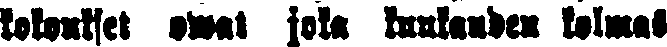
kokoukset owat joka kuukauden kolmas